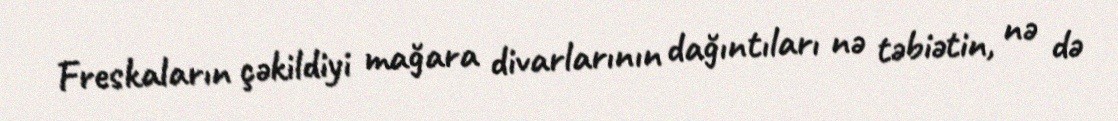
Freskaların çəkildiyi mağara divarlarının dağıntıları nə təbiətin, nə də